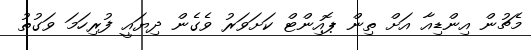
މެޗުން އިންޑިއާ އަށް ތިން ޕޮއިންޓް ކަށަވަރު ވެގެން ދިޔައީ ފުރިހަމަ ވަގުތު